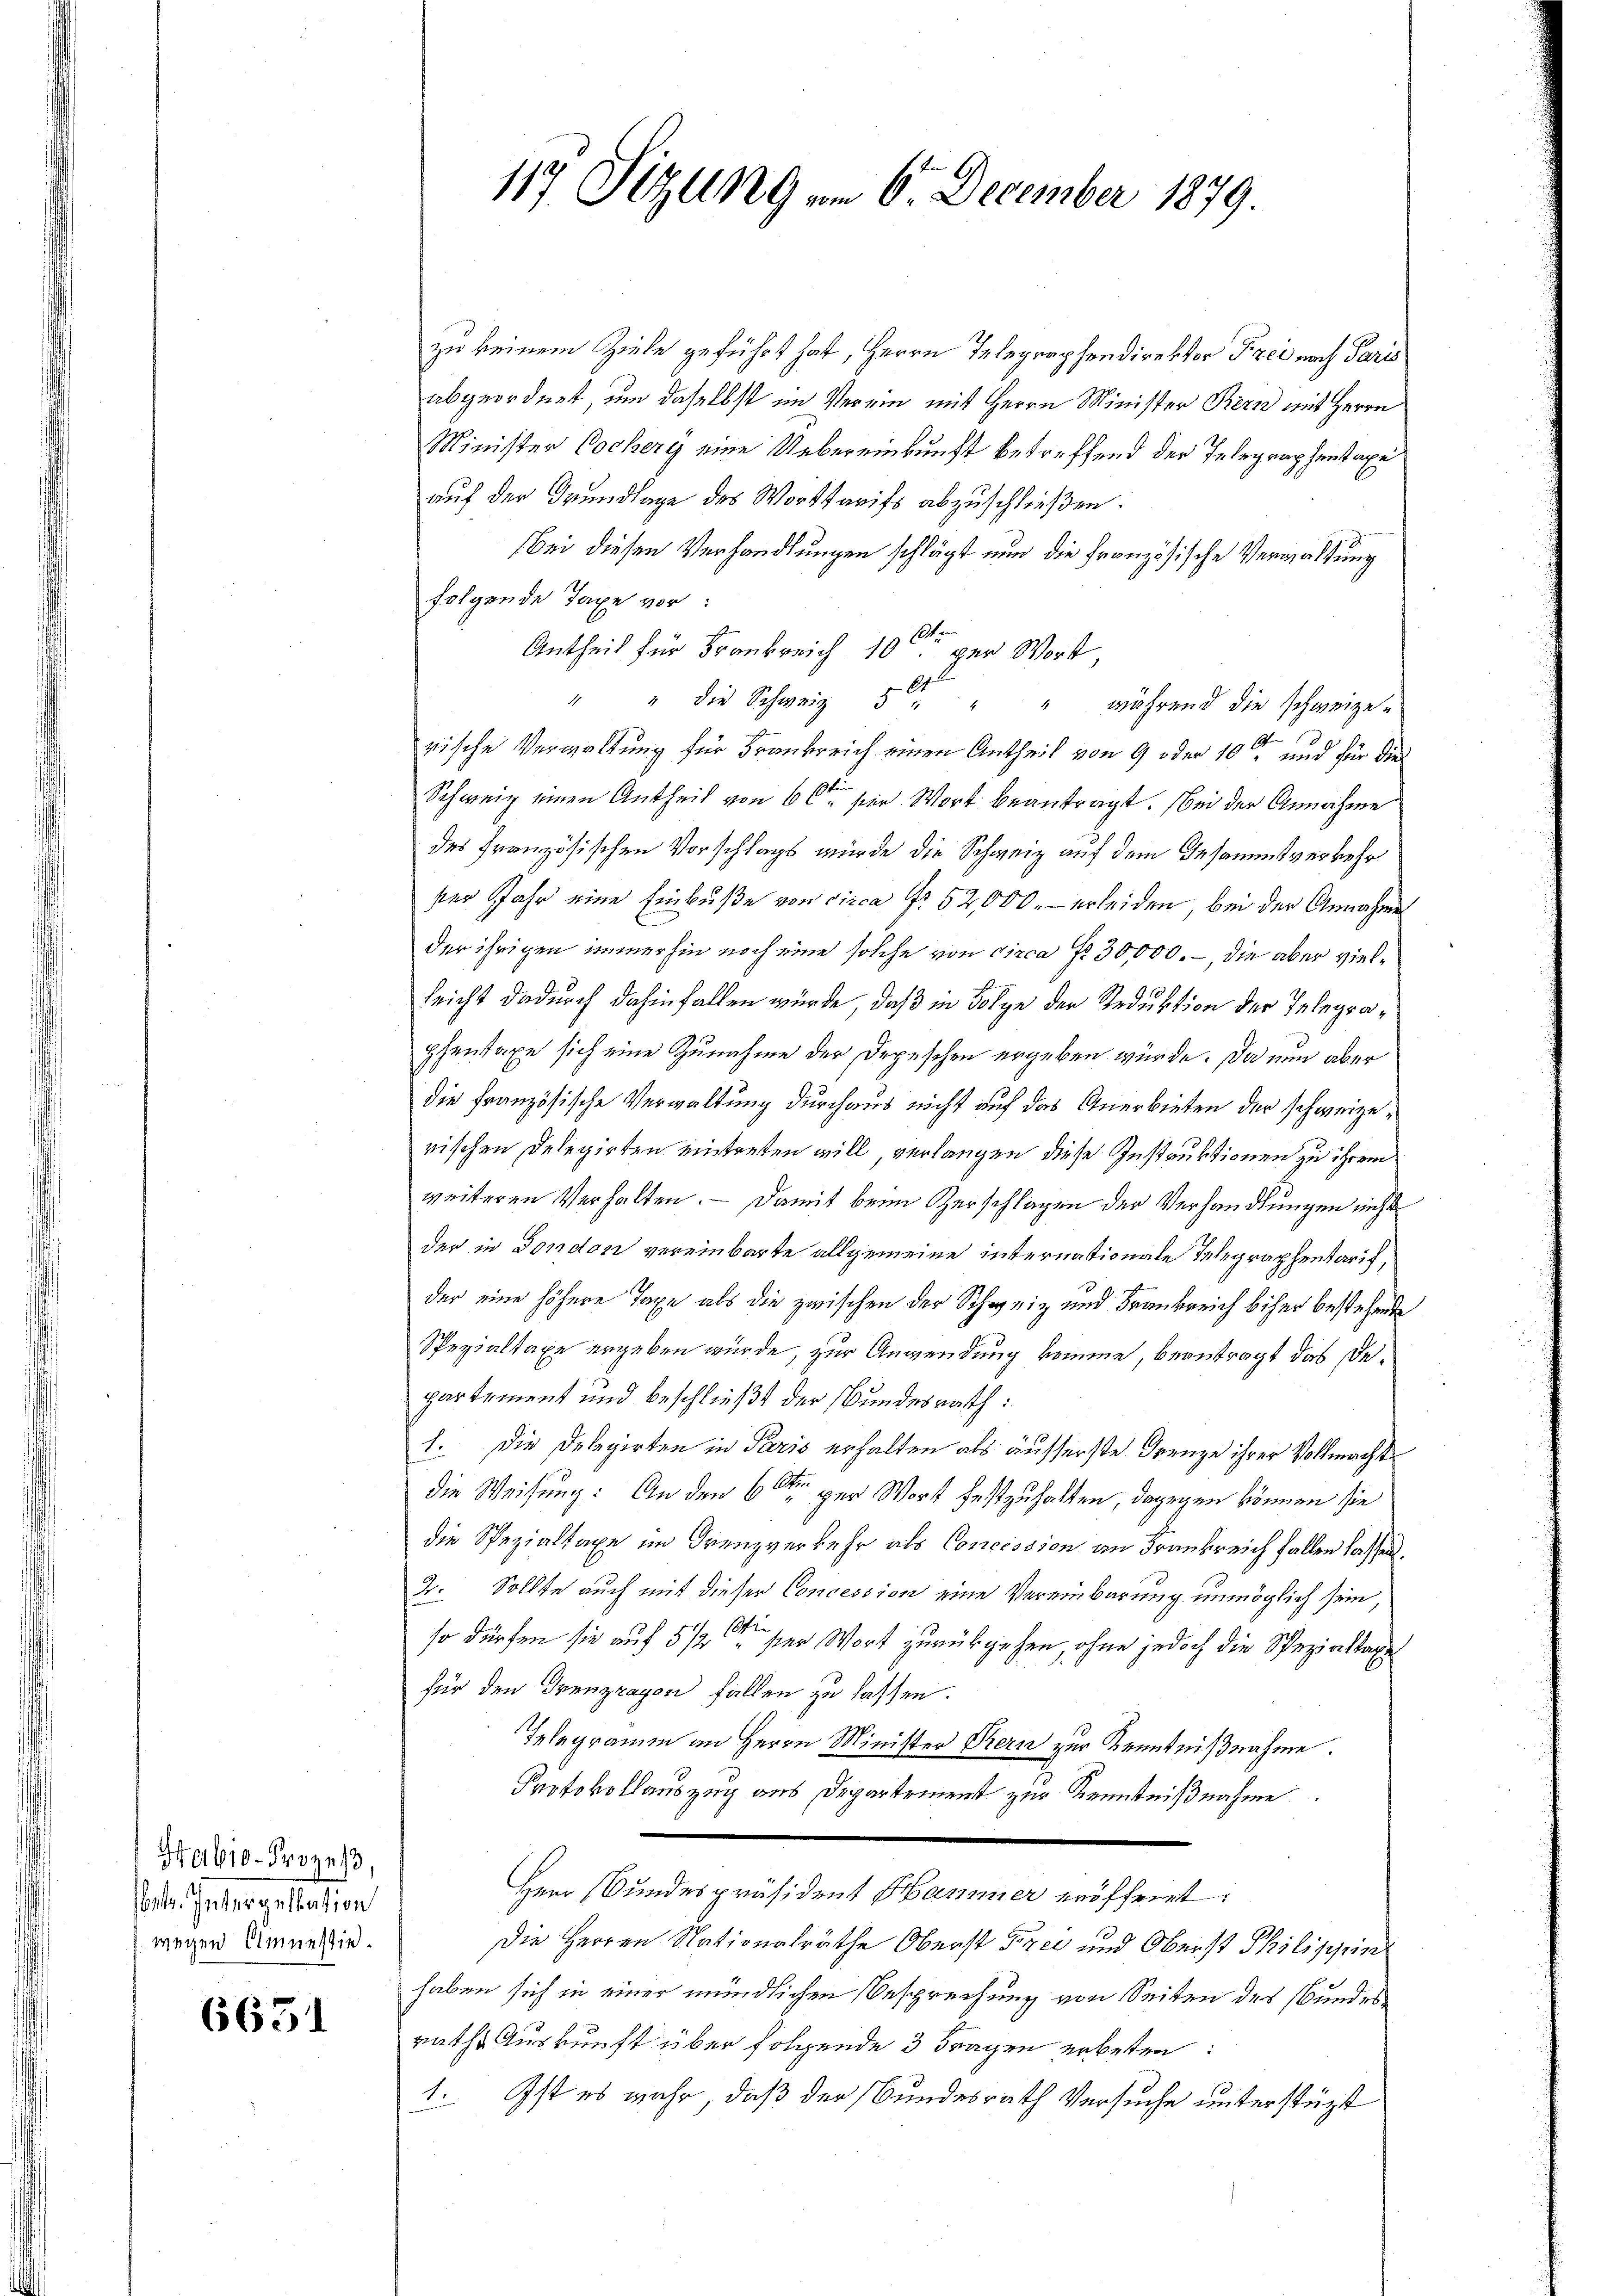
Habio-Prozes
al. Intergestation
wegen Amnessin.

6631

117. Sitzung vom 6. December 1879.

zu keinem Ziele geführt hat, Herrn Telegraphendirektor Frei nach Paris
abgeordnet, um daselbst im Verein mit Herrn Minister Bern mit Herrn
Minister Cocherg eine Uebereinkunft betreffend der Telegraphentaxe
auf der Grundlage des Worttarifs abzuschließen.
Bei diesen Verhandlungen schlägt nun die Französische Verwaltung
folgende Taxe vor:
Antheil für Frankreich 10ten per Wort,
64
" " die Schweiz 5 " " " während die schweizen.
rische Verwaltung für Frankreich einen Antheil von 9 oder 10ten und für die
Schweiz einen Antheil von 60 ser Wort beantragt. Bei der Annahme
des Französischen Vorschlags würde die Schweiz auf dem Gesammtverkehr
ser Jahr eine Einbuße von circa Fr. 52,000.- erleiden, bei der Annahme
der ihrigen immerhin noch eine solche von circa Nr. 30,000.-, die aber vielleicht dadurch dahinfallen würde, daß in Folge der Reduktion der Telegraphentaxe sich eine Zunahme der Depeschen ergeben würde. Da nun aber
die französische Verwaltung durchaus nicht auf das Anerbieten der schweizerischen Delegirten eintreten will verlangen diese Instruktionen zu ihrem
weiteren Verhalten. — Damit beim Verschlagen der Verhandlungen nicht
der in Fondon vereinbarte allgemeine internationale Telegraphentarif,
der eine höhere Taxe als die zwischen der Schweiz und Frankreich biher bestehende
Spezialtaxe ergeben würde, zur Anwendung komme, beantragt das Departement und beschließt der Bundesrath:
1. Die Delegirten in Paris erhalten als äusserste Grenze ihrer Vollmachte
die Weisung: An den 6 te per Wort festzuhalten, dagegen können sie
die Spezialtaxe im Grenzverkehr als Concession an Frankreich fallen lassen.
2. Sollte auch mit dieser Concession eine Vereinbarung unmöglich sein,
so dürfen sie auf 5 % der Wort zurückgehen, ohne jedoch die Spezialtax
für den Grenzragon fallen zu lassen.
Telegramm an Herrn Minister Bern zur Kenntnißnahme.
Protokollauszug aus Departement zur Kenntnißnahme.
Herr Bundespräsident Hammer eröffenet:
Die Herren Nationalräthe Oberst Frei und Oberst Philischein
haben sich in einer mündlichen Besprechung von Seiten des Bundes
rathe Auskunft über folgende 3 Fragen erbeten:
1. Ist es wahr, daß der Bundesrath Versuche unterstüzt